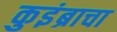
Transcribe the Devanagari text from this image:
कुइंब्राचा